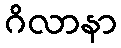
ဂိလာနာ